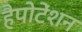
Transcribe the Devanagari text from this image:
हैपोटेंशन